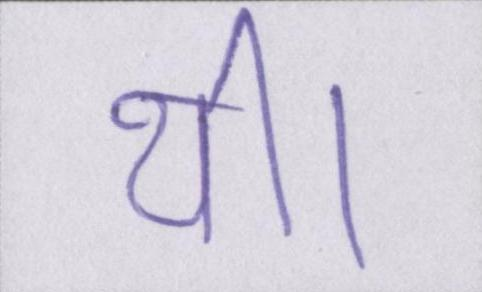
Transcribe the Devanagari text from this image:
थी।